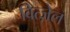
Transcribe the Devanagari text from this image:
वित्ज़ेल